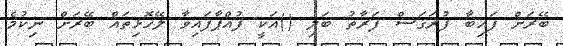
ބޭރަށް ފައިބާ ފުރަގަސް ފަރާތު ބަލި ()އަކީ ފުއްޕާފައިވާ ލޭހޮޅިތައް ބޭރަށް ނިކުމެ